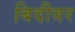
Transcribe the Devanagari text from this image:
बिदीवर